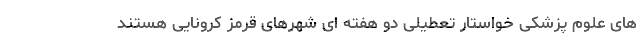
های علوم پزشکی خواستار تعطیلی دو هفته ای شهرهای قرمز کرونایی هستند